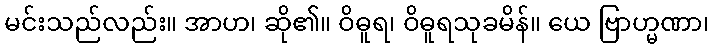
မင်းသည်လည်း။ အာဟ၊ ဆို၏။ ဝိဓူရ၊ ဝိဓူရသုခမိန်။ ယေ ဗြာဟ္မဏာ၊